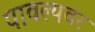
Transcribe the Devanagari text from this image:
पावल्यवर